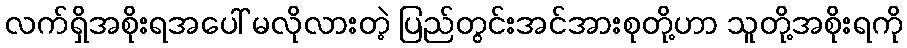
လက်ရှိအစိုးရအပေါ် မလိုလားတဲ့ ပြည်တွင်းအင်အားစုတို့ဟာ သူတို့အစိုးရကို